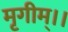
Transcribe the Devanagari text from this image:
मृगीम्।।